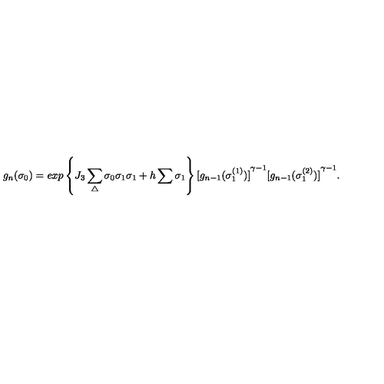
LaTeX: g _ { n } ( { \sigma } _ { 0 } ) = e x p \left\{ J _ { 3 } \sum _ { \triangle } { \sigma } _ { 0 } { \sigma } _ { 1 } { \sigma } _ { 1 } + h \sum { \sigma } _ { 1 } \right\} { [ g _ { n - 1 } ( { \sigma } _ { 1 } ^ { ( 1 ) } ) ] } ^ { \gamma - 1 } { [ g _ { n - 1 } ( { \sigma } _ { 1 } ^ { ( 2 ) } ) ] } ^ { \gamma - 1 } .